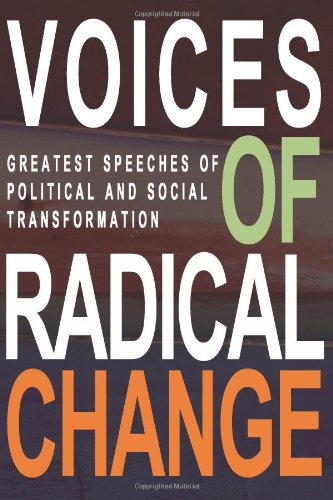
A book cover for Voices of Radical Change: Greatest Speeches of Political and Social Transformation; Anne Brown; Literature & Fiction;